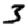
Digit: 3